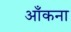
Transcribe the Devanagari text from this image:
आँकना